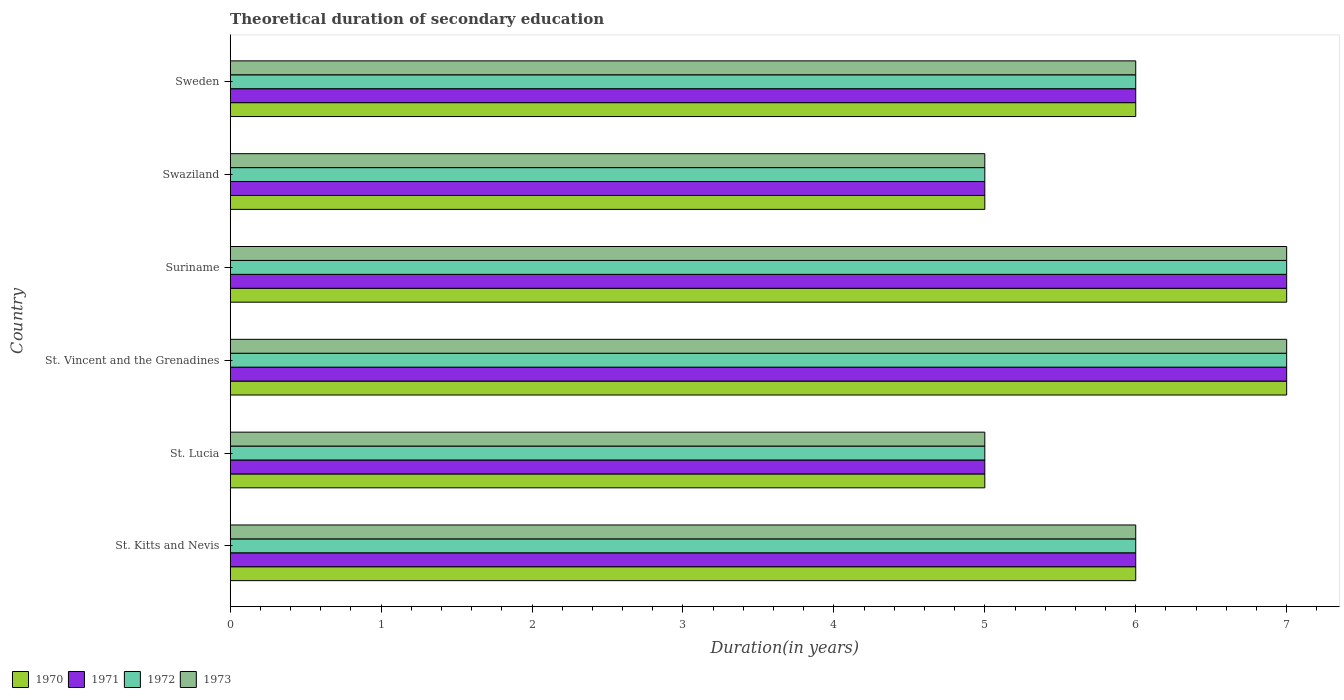
| Country | 1970 | 1971 | 1972 | 1973 |
 | --- | --- | --- | --- | --- |
 | St. Kitts and Nevis | 6 | 6 | 6 | 6 |
 | St. Lucia | 5 | 5 | 5 | 5 |
 | St. Vincent and the Grenadines | 7 | 7 | 7 | 7 |
 | Suriname | 7 | 7 | 7 | 7 |
 | Swaziland | 5 | 5 | 5 | 5 |
 | Sweden | 6 | 6 | 6 | 6 |